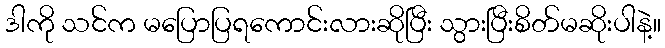
ဒါကို သင်က မပြောပြရကောင်းလားဆိုပြီး သွားပြီးစိတ်မဆိုးပါနဲ့။